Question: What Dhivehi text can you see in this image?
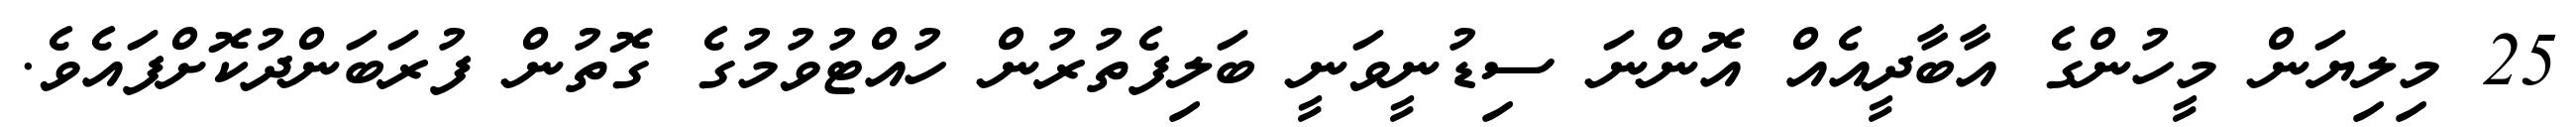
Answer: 25 މިލިޔަން މީހުންގެ އާބާދީއެއް އޮންނަ ސިޑުނީވަނީ ބަލިފެތުރުން ހުއްޓުވުމުގެ ގޮތުން ފުރަބަންދުކޮށްފައެވެ.